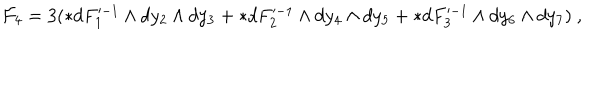
{ \cal F } _ { 4 } = 3 ( * d F _ { 1 } ^ { - 1 } \wedge d y _ { 2 } \wedge d y _ { 3 } + * d F _ { 2 } ^ { - 1 } \wedge d y _ { 4 } \wedge d y _ { 5 } + * d F _ { 3 } ^ { - 1 } \wedge d y _ { 6 } \wedge d y _ { 7 } ) \ ,